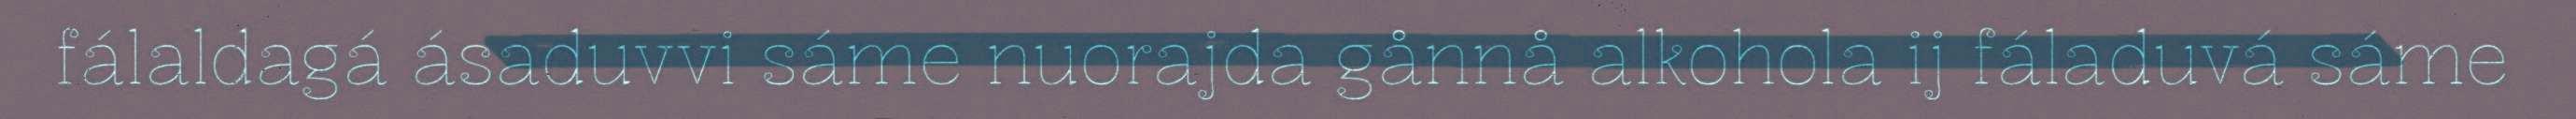
fálaldagá ásaduvvi sáme nuorajda gånnå alkohola ij fáladuvá sáme